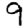
Digit: 9